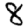
Digit: 8